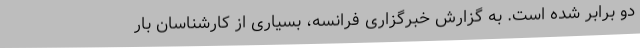
دو برابر شده است. به گزارش خبرگزاری فرانسه، بسیاری از کارشناسان بار